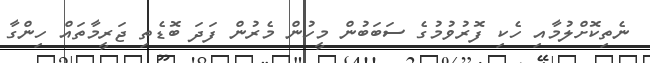
ނެތިކޮށްލުމާއި ހެކި ފޮރުވުމުގެ ސަބަބުން މީހުން މެރުން ފަދަ ބޮޑެތި ޖަރީމާތައް ހިންގާ